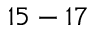
1 5 - 1 7